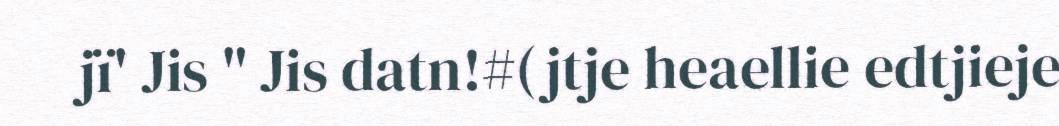
jï' Jis " Jis datn!#(jtje heaellie edtjieje